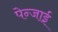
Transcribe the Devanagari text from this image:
पेन्जाई